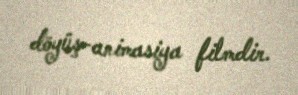
döyüş-animasiya filmdir.